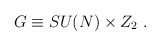
\begin{align*}G\equiv SU(N) \times Z_2 \ . \end{align*}